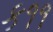
ક૧૧